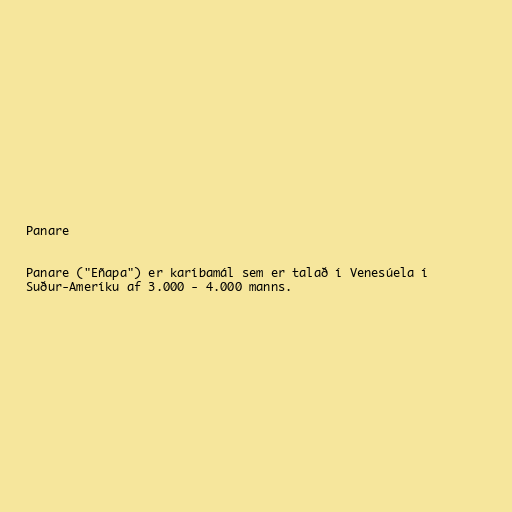
Panare

Panare ("Eñapa") er karíbamál sem er talað í Venesúela í
Suður-Ameríku af 3.000 - 4.000 manns.